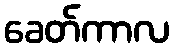
ခေတ်ကာလ